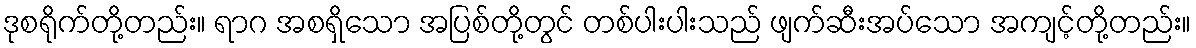
ဒုစရိုက်တို့တည်း။ ရာဂ အစရှိသော အပြစ်တို့တွင် တစ်ပါးပါးသည် ဖျက်ဆီးအပ်သော အကျင့်တို့တည်း။